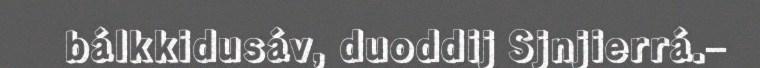
bálkkidusáv, duoddij Sjnjierrá.–